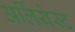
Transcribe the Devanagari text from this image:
अर्लियेस्ट